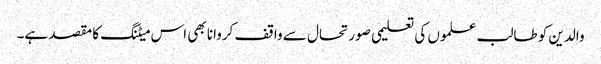
والدین کو طالب علموں کی تعلیمی صورتحال سے واقف کروانا بھی اس میٹنگ کا مقصد ہے۔